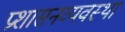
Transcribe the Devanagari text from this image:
प्रशासनव्यवस्था